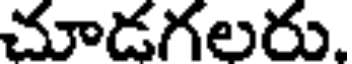
చూడగలరు.